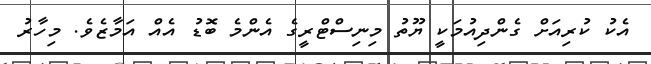
އެކު ކުރިއަށް ގެންދިއުމަކީ ޔޫތު މިނިސްޓްރީގެ އެންމެ ބޮޑު އެއް އަމާޒެވެ. މިހާރު